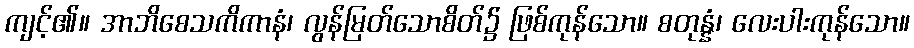
ကျင့်၏။ အာဘိစေသကိကာနံ၊ လွန်မြတ်သောစိတ်၌ ဖြစ်ကုန်သော။ စတုန္နံ၊ လေးပါးကုန်သော။